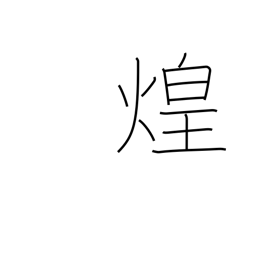
Meaning: glitter